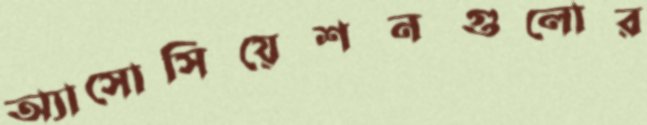
অ্যাসোসিয়েশনগুলোর